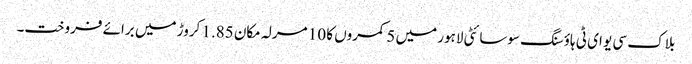
بلاک سی یو ای ٹی ہاؤسنگ سوسائٹی لاہور میں 5 کمروں کا 10 مرلہ مکان 1.85 کروڑ میں برائے فروخت۔